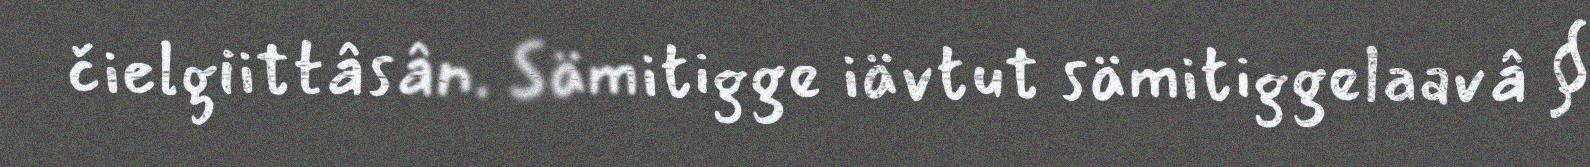
čielgiittâsân. Sämitigge iävtut sämitiggelaavâ §